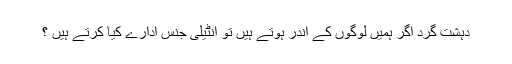
دہشت گرد اگر ہمیں لوگوں کے اندر ہوتے ہیں تو انٹیلی جنس ادارے کیا کرتے ہیں ؟